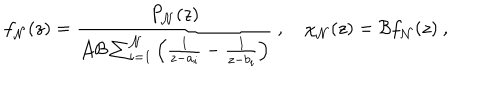
f _ { \cal N } ( z ) = { \frac { P _ { \cal N } ( z ) } { { \cal A } { \cal B } \sum _ { i = 1 } ^ { \cal N } \left( { \frac { 1 } { z - a _ { i } } } - { \frac { 1 } { z - b _ { i } } } \right) } } \ , \quad \chi _ { \cal N } ( z ) = { \cal B } f _ { \cal N } ( z ) \ ,